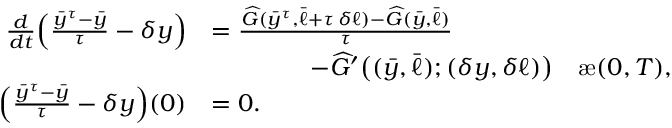
\begin{array} { r l } { \frac { d } { d t } \Big ( \frac { \bar { y } ^ { \tau } - \bar { y } } { \tau } - \delta y \Big ) } & { = \frac { \widehat G ( \bar { y } ^ { \tau } , \bar { \ell } + \tau \, \delta \ell ) - \widehat G ( \bar { y } , \bar { \ell } ) } { \tau } } \\ & { \qquad \qquad - \widehat G ^ { \prime } \big ( ( \bar { y } , \bar { \ell } ) ; ( \delta y , \delta \ell ) \big ) \quad \mathrm { \ae } ( 0 , T ) , } \\ { \Big ( \frac { \bar { y } ^ { \tau } - \bar { y } } { \tau } - \delta y \Big ) ( 0 ) } & { = 0 . } \end{array}